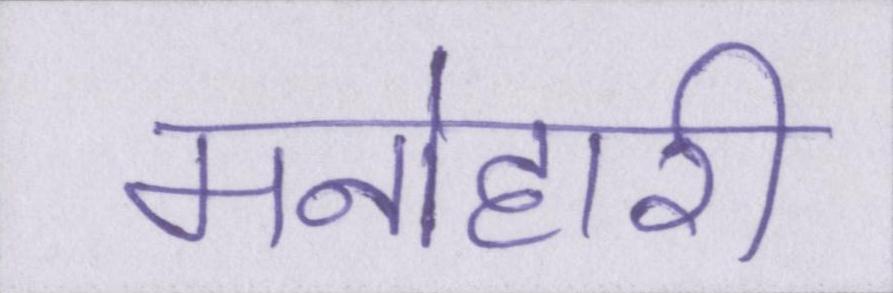
मनोहारी